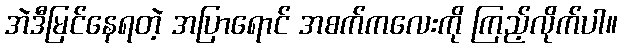
အဲဒီမြင်နေရတဲ့ အပြာရောင် အစက်ကလေးကို ကြည့်လိုက်ပါ။